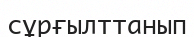
сұрғылттанып